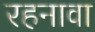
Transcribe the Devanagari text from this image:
रहनावा